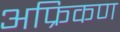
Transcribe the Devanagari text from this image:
अफ्रिकण